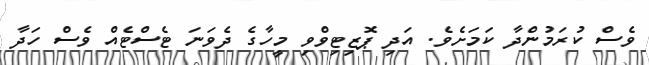
ވެސް ކުރަމުންދާ ކަމަށެވެ. އަދި ޕޮޒިޓިވްވި މީހާގެ ދެވަނަ ޓެސްޓެއް ވެސް ހަދާ